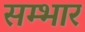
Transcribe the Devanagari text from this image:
सम्भार